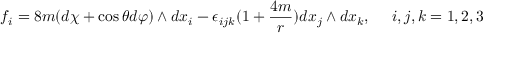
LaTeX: f _ { i } = 8 m ( d \chi + \cos \theta d \varphi ) \wedge d x _ { i } - \epsilon _ { i j k } ( 1 + \frac { 4 m } { r } ) d x _ { j } \wedge d x _ { k } , ~ ~ ~ ~ i , j , k = 1 , 2 , 3